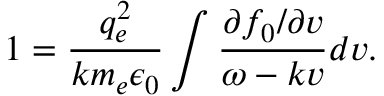
1 = \frac { q _ { e } ^ { 2 } } { k m _ { e } \epsilon _ { 0 } } \int \frac { \partial f _ { 0 } / \partial v } { \omega - k v } d v .